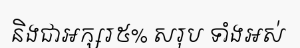
និងជាអក្សរ៥% សរុប ទាំងអស់